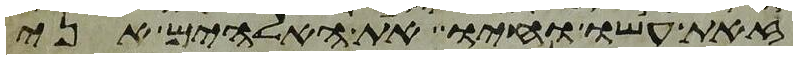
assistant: זאת עשו וחיו את האלהים אני